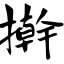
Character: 擀